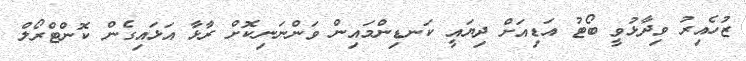
ޒުހެއިރު ވިދާޅުވީ ބޯޓު އަޑިއަށް ދިޔައީ ކަނޑިންމައިން ވަންނަނިކޮށް ރާޅާ އަޅައިގެން ކޮންޓްރޯލް